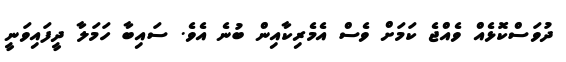
ދުވަސްކޮޅެއް ވެއްޖެ ކަމަށް ވެސް އެމެރިކާއިން ބުނެ އެވެ. ސައިބާ ހަމަލާ ދީފައިވަނީ